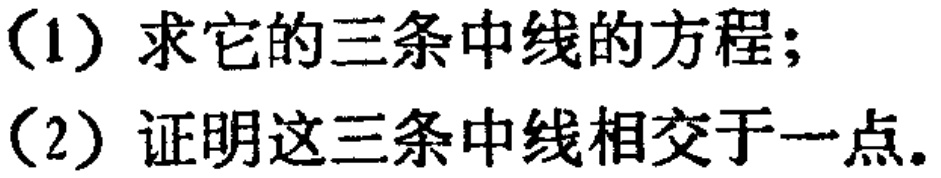
(1) 求它的三条中线的方程；
(2) 证明这三条中线相交于一点。